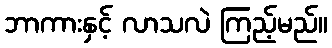
ဘာကားနှင့် လာသလဲ ကြည့်မည်။